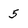
Character: 5